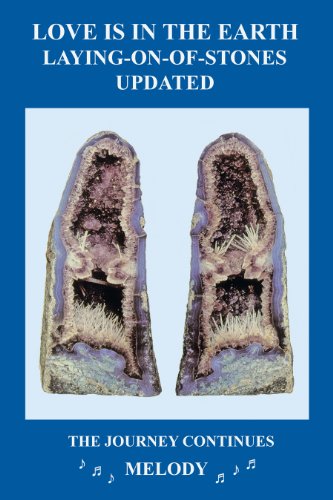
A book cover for Love is in the Earth: Laying-On-Of-Stones Updated, The Journey Continues; Melody; Religion & Spirituality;